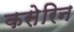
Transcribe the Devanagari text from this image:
कसेरिन